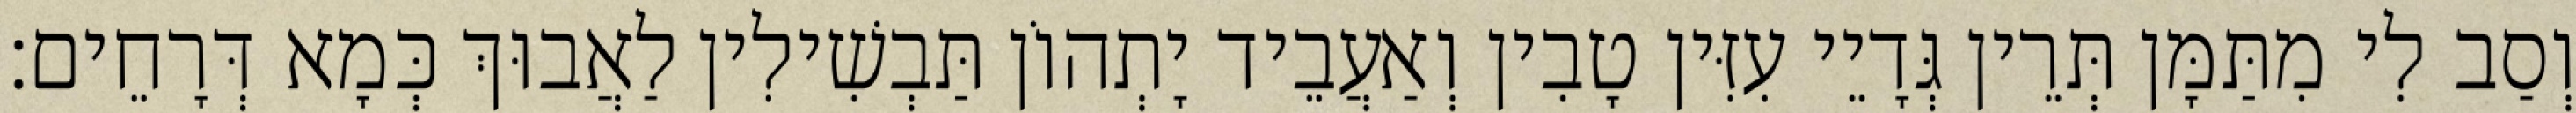
וְסַב לִי מִתַּמָּן תְּרֵין גְּדָיֵי עִזִּין טָבִין וְאַעֲבֵיד יָתְהוֹן תַּבְשִׁילִין לַאֲבוּךְ כְּמָא דְּרָחֵים׃